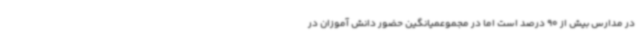
در مدارس بیش از 90 درصد است اما در مجموعمیانگین حضور دانش آموزان در